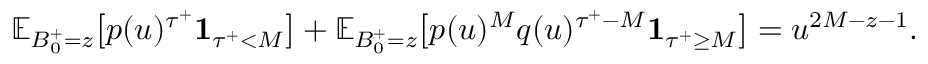
\begin{array} { r l } & { \textstyle \mathbb { E } _ { B _ { 0 } ^ { + } = z } \bigl [ p ( u ) ^ { { \tau ^ { + } } } \mathbf { 1 } _ { { \tau ^ { + } } < M } \bigr ] + \mathbb { E } _ { B _ { 0 } ^ { + } = z } \bigl [ p ( u ) ^ { M } q ( u ) ^ { { \tau ^ { + } } - M } \mathbf { 1 } _ { { \tau ^ { + } } \geq M } \bigr ] = u ^ { 2 M - z - 1 } . } \end{array}